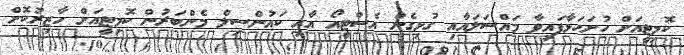
ކޮމިޓީއަށް ހުށަހަޅާފައިވާ މައްސަލައާއި ގުޅިގެން އެސްޓީއޯ އާއި ކައުންސިލް މެންބަރުން ކޮމިޓީއަށް ހާޒިރުކޮށް